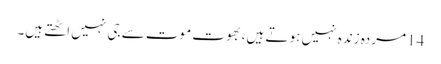
14 مردہ زندہ نہیں ہو تے ہیں، بھوت موت سے جی نہیں اٹھتے ہیں۔